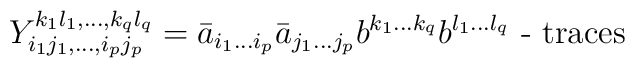
Y_{i_1 j_1, \ldots , i_p j_p}^{k_1 l_1, \ldots ,k_q l_q}=\bar{a}_{i_1 \ldots i_p} \bar{a}_{j_1 \ldots j_p} b^{k_1 \ldots k_q}b^{l_1 \ldots l_q} \mbox{ - traces }